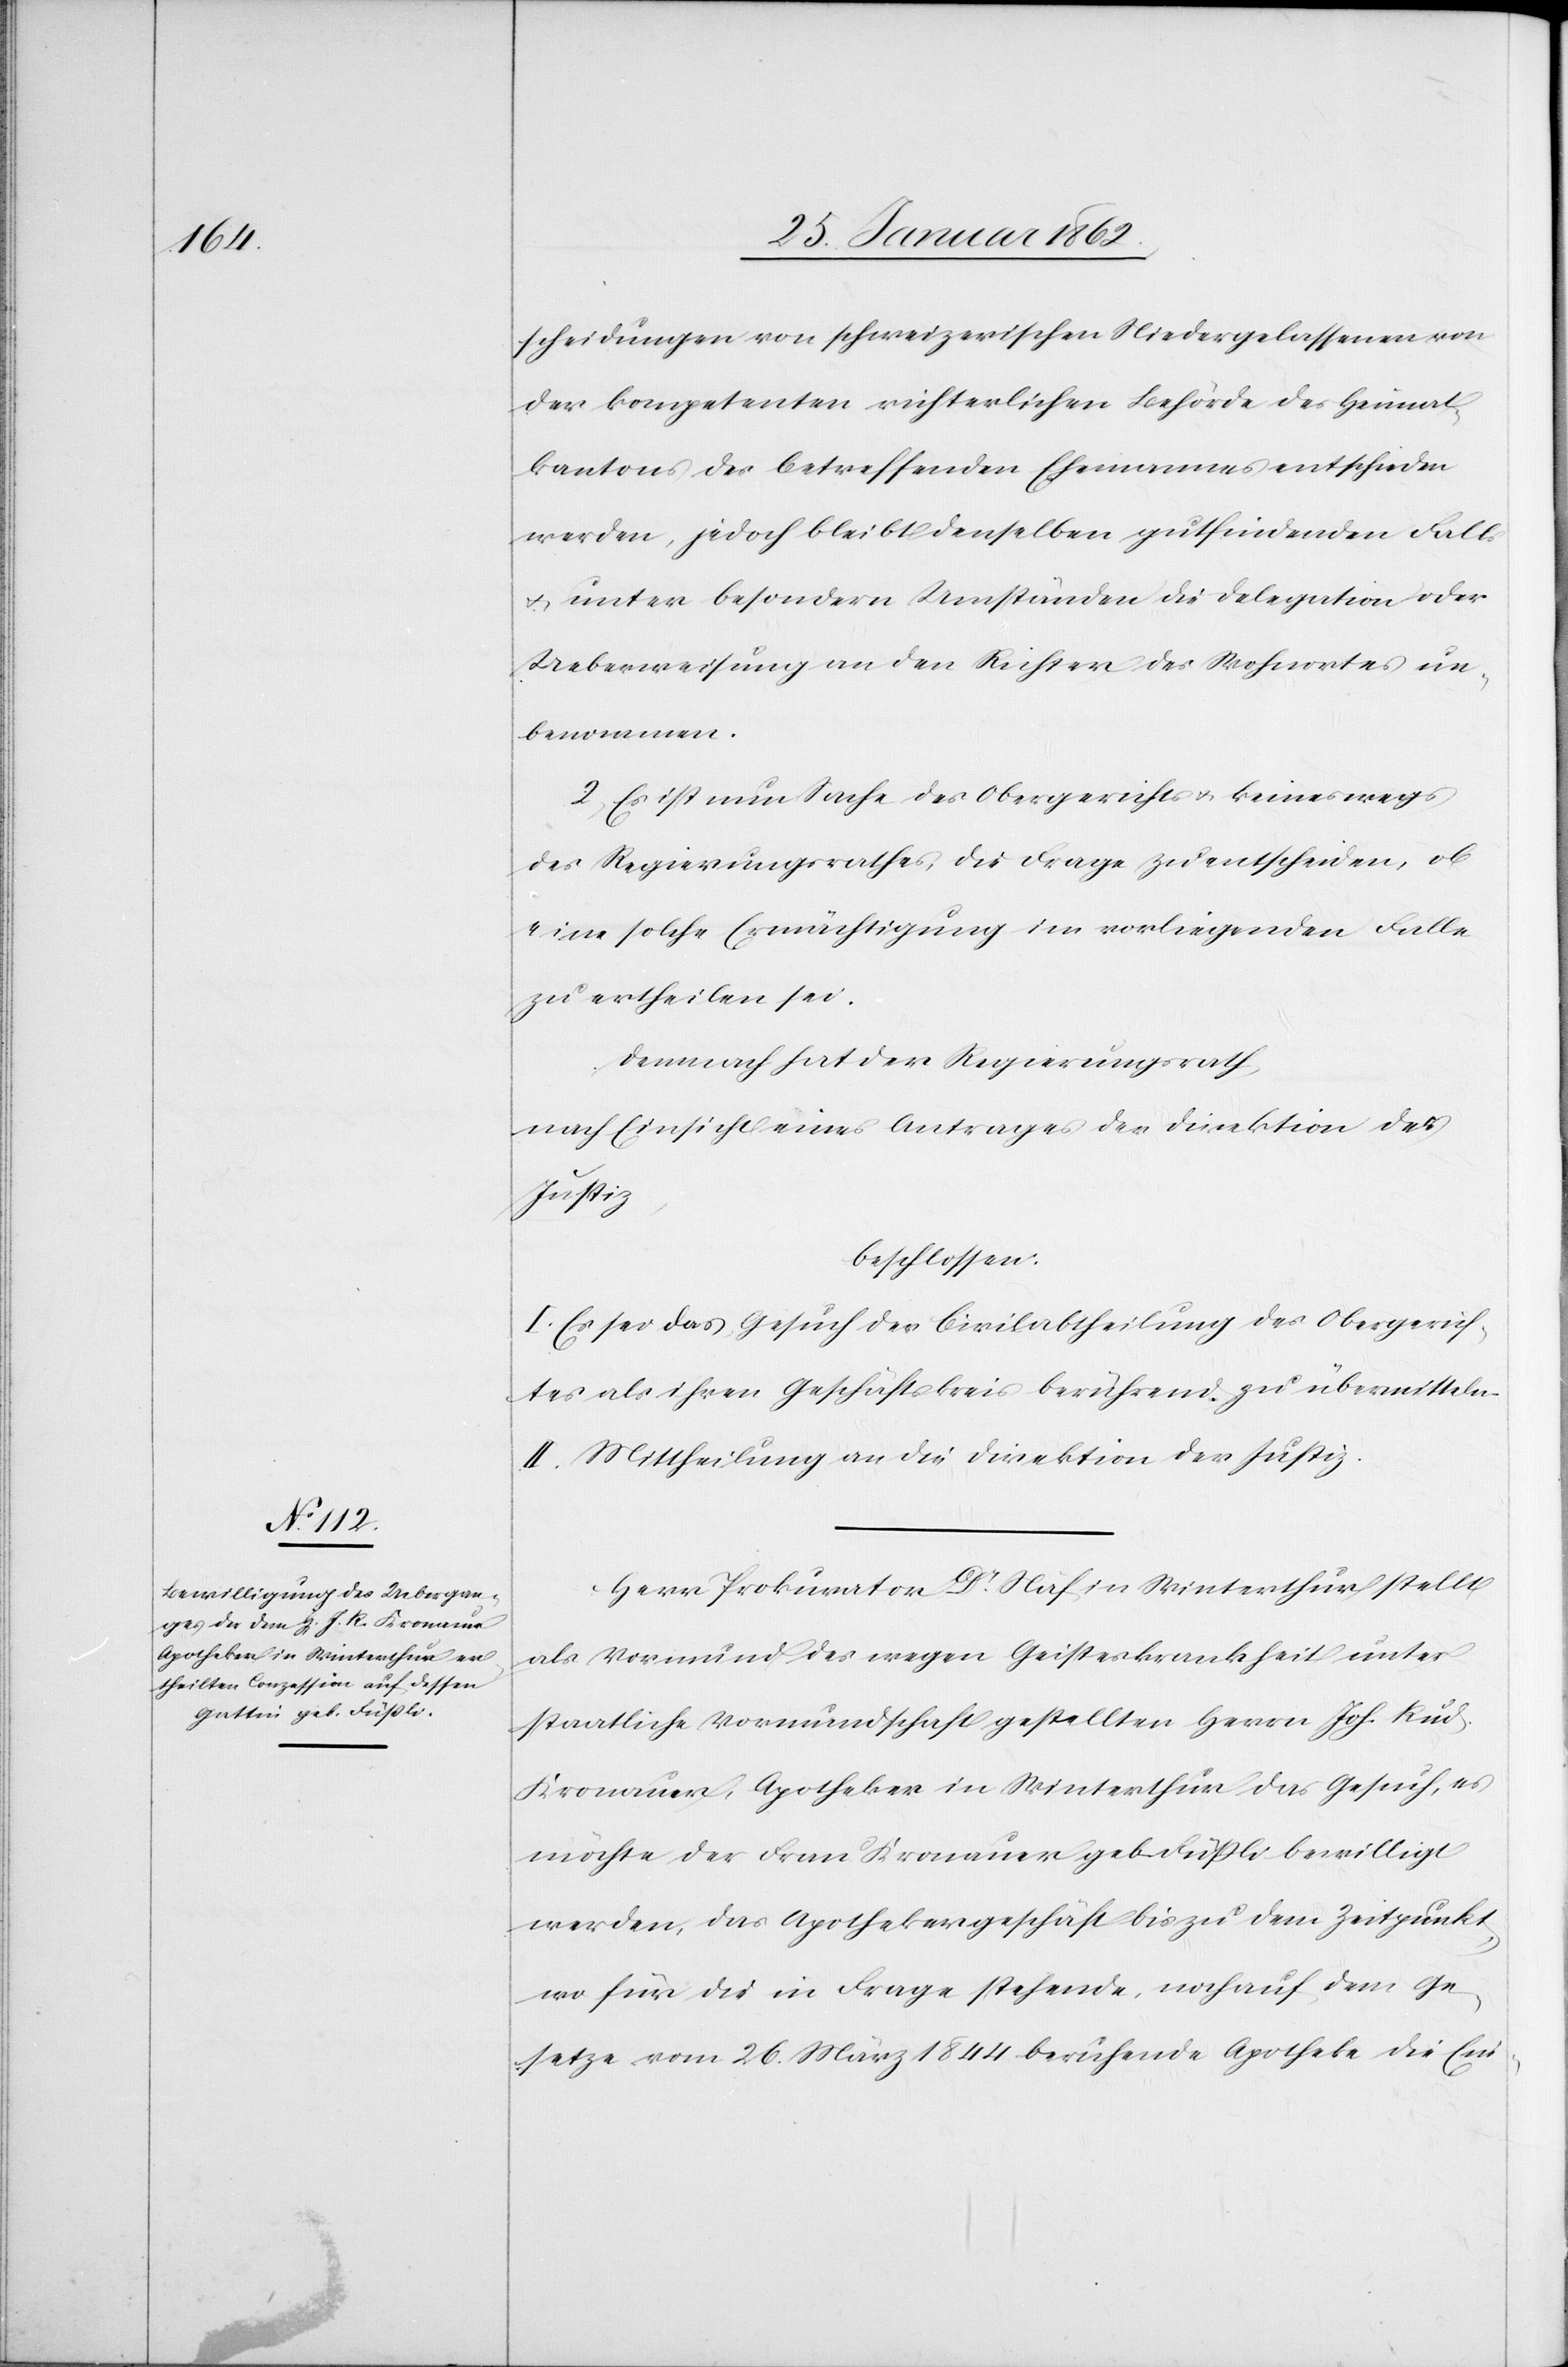
scheidungen von schweizerischen Niedergelassenen von
der kompetenten richterlichen Behörde des Heimat¬
kantons des betreffenden Ehemannes entschieden
werden, jedoch bleibt denselben gutfindenden Falls
u. unter besondern Umständen die Delegation oder
Ueberweisung an den Richter des Wohnortes un¬
benommen.
2) Es ist nun Sache des Obergerichts u. keineswegs
des Regierungsrathes, die Frage zu entscheiden, ob
eine solche Ermächtigung im vorliegenden Falle
zu ertheilen sei.
Demnach hat der Regierungsrath
nach Einsicht eines Antrages der Direktion der
Justiz,
beschlossen:
I. Es sei das Gesuch der Civilabtheilung des Obergerich¬
tes als ihren Geschäftskreis berührend zu übermitteln.
II. Mittheilung an die Direktion der Justiz.
Herr Prokurator Dr. Näf in Winterthur stellt
als Vormund des wegen Geisteskrankheit unter
staatliche Vormundschaft gestellten Herrn Joh. Rud.
Kronauer, Apotheker in Winterthur das Gesuch, es
möchte der Frau Kronauer geb. Füßli bewilligt
werden, das Apothekergeschäft bis zu dem Zeitpunkt,
wo für die in Frage stehende, noch auf dem Ge¬
setze vom 26. März 1844 beruhende Apotheke die Ein-